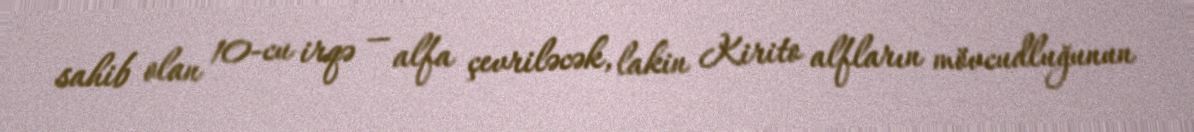
sahib olan 10-cu irqə — alfa çevriləcək, lakin Kirito alfların mövcudluğunun